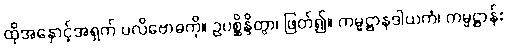
ထိုအနှောင့်အရှက် ပလိဗောဓကို။ ဥပစ္ဆိန္ဒိတွာ၊ ဖြတ်၍။ ကမ္မဋ္ဌာနဒါယကံ၊ ကမ္မဋ္ဌာန်း